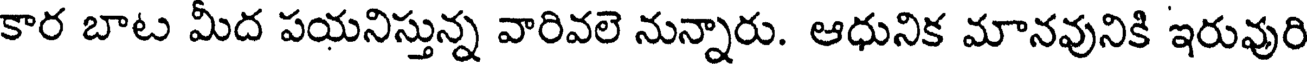
కార బాట మీద పయనిస్తున్న వారివలె నున్నారు. ఆధునిక మానవునికి ఇరువురి